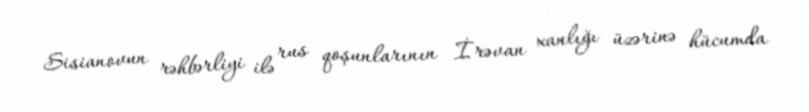
Sisianovun rəhbərliyi ilə rus qoşunlarının İrəvan xanlığı üzərinə hücumda